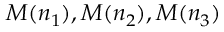
{ \cal M } ( n _ { 1 } ) , { \cal M } ( n _ { 2 } ) , { \cal M } ( n _ { 3 } )